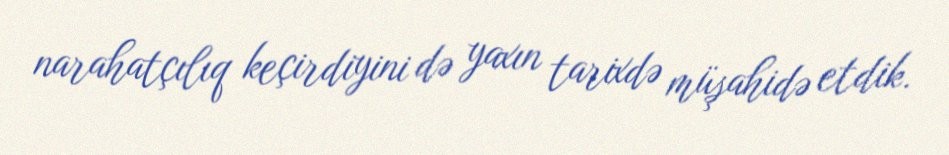
narahatçılıq keçirdiyini də yaxın tarixdə müşahidə etdik.